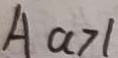
A a > 1